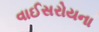
વાઈસરોયના